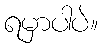
ရမှာပါပဲ။